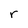
Character: r